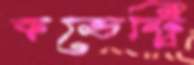
কভেন্ট্রি